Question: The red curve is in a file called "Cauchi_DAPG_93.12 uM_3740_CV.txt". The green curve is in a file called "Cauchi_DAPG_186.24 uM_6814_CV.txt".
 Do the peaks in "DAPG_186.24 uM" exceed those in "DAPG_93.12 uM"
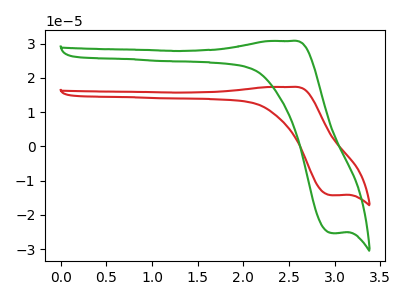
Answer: <think>The red curve "DAPG_93.12 uM" has an anodic peak at (2.50V, 17.35uA) and a cathodic peak at (3.00V, -14.30uA). The green curve "DAPG_186.24 uM" has an anodic peak at (2.50V, 30.75uA) and a cathodic peak at (3.00V, -25.30uA).</think>
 <answer>Every peak in "DAPG_186.24 uM" is higher than every peak in "DAPG_93.12 uM".</answer>
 <eval>higher</eval>